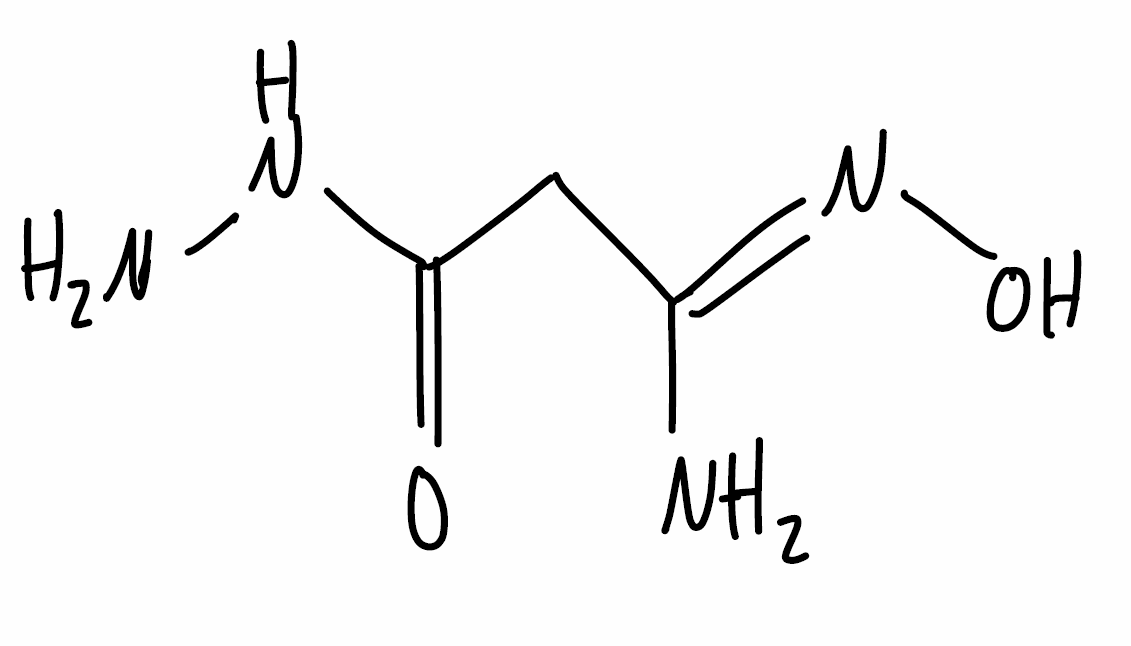
Simplified molecular-input line-entry system (SMILES) notation of the given molecule:
C(/C(=N/O)/N)C(=O)NN